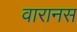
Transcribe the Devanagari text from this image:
वारानस